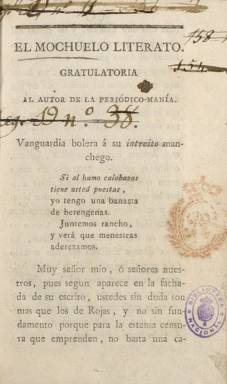
Título: El Mochuelo literato
Otros títulos: Mochuelo en cuclillas || Mochuelo espantado || Mochuelo difunto || Mochuelo en pena || Mochuelo epistolero
Colección: Periódicos anteriores a 1850 || Revistas satíricas y humorísticas
Ámbito geográfico: Madrid
Lugar de publicación: Madrid
Fechas: 01/01/1820-31/12/1820

Se trata de las diez entregas redactadas por el reputado médico liberal y escritor festivo Manuel Casal y Aguado (1751-1837), quien bajo el seudónimo Lucas Alemán y Aguado empezó a darse a conocer en periódicos de finales del siglo XVIII, como Correo de Madrid o de los ciegos (1786-1791), y que en este caso usa su estilo satírico y jocoso tanto en prosa como en verso al comienzo del Trienio Liberal. Salidos de la imprenta de I. Sancha, en el formato de la época, los escritos de Lucas Alemán están dirigidos a los autores de La Periódico-manía (1820-1821), otro de los periódicos singulares del periodo.

La sexta entrega aparece con el título El Mochuelo en cuclillas; la séptima, como El Mochuelo espantado; la octava, El Mochuelo difunto; el noveno, El Mochuelo en pena, y la décima y última, El Mochuelo epistolero. Las entregas -que denomina “gratulatorias” o “carta”- son de 16 páginas (salvo la última, que es de 24) y foliación continuada. Todas suman 168 páginas y no están fechadas, desconociéndose también su frecuencia de aparición. Llegó a estar anunciado en la Gaceta de Madrid, y en El Universal (1820-1823) del 24 de agosto de 1820 se dirá que “Hoy con levita azul sale el Mochuelo”.

Entre otros, en sus números 14, 17 y 18, La Periódico-manía dará cuenta de El Mochuelo, pero, aunque lo tache de antiguo, reconocerá su buena escritura, y en el último dirá que el periódico de Alemán había publicado su última entrega el uno de septiembre de 1820, aunque debió de tratarse de la quinta, pues siguió refiriéndose al mismo en números posteriores. Así, en el número 22 de La Periódico-manía se hará mención a El Mochuelo en pena; y en el número 25, a El Mochuelo epistolero.

Para este título y su autor, que también fue redactor en este periodo de El Indicador (1822-1823) y Periódico de las damas (1822), véanse los trabajos de Rubio Cremades (1984 y 1985), Romera Valero (2010) o Fernández Cabezón (1995), así como el de Gil Novales (1975).